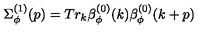
\Sigma _ { \phi } ^ { ( 1 ) } ( p ) = T r _ { k } \beta _ { \phi } ^ { ( 0 ) } ( k ) \beta _ { \phi } ^ { ( 0 ) } ( k + p )